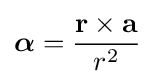
{\boldsymbol {\alpha }}={\frac {\mathbf {r} \times \mathbf {a} }{r^{2}}}